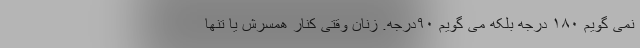
نمی گویم ۱۸۰ درجه بلکه می گویم ۹۰درجه. زنان وقتی کنار همسرش یا تنها